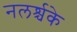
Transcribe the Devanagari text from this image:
नलर्श्चके